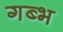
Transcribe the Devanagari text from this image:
गब्भ